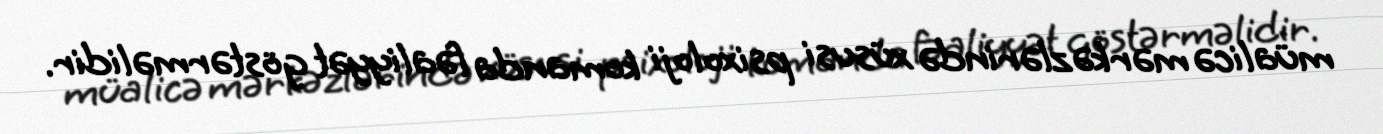
müalicə mərkəzlərində xüsusi psixoloji komanda fəaliyyət göstərməlidir.